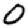
Digit: 0